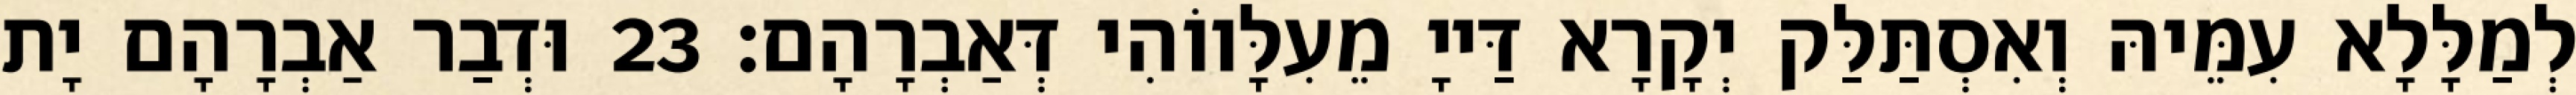
לְמַלָּלָא עִמֵּיהּ וְאִסְתַּלַּק יְקָרָא דַּייָ מֵעִלָּווֹהִי דְּאַבְרָהָם׃ 23 וּדְבַר אַבְרָהָם יָת